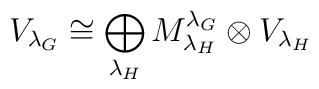
V_{{\lambda_G}}\cong \bigoplus_{{\lambda_H}} M^{\lambda_G}	_{\lambda_H}\otimes V_{{\lambda_H}}